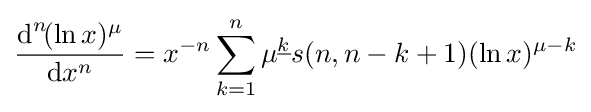
{\operatorname {d} ^{n}\!(\ln x)^{\mu } \over \operatorname {d} \!x^{n}}=x^{-n}\sum _{k=1}^{n}\mu ^{\underline {k}}s(n,n-k+1)(\ln x)^{\mu -k}